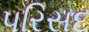
પરિસદ